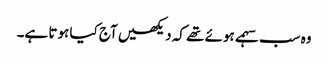
وہ سب سہمے ہوئے تھے کہ دیکھیں آج کیا ہوتا ہے۔